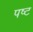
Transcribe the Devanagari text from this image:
पष्ट